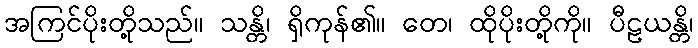
အကြင်ပိုးတို့သည်။ သန္တိ၊ ရှိကုန်၏။ တေ၊ ထိုပိုးတို့ကို။ ပီဠယန္တိ၊